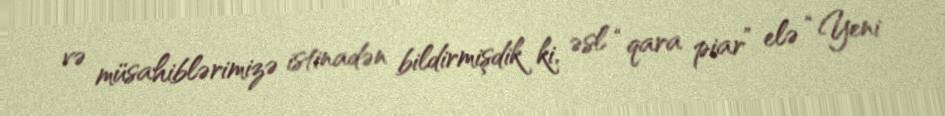
və müsahiblərimizə istinadən bildirmişdik ki, əsl “qara piar” elə “Yeni